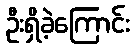
ဦးရှိခဲ့ကြောင်း